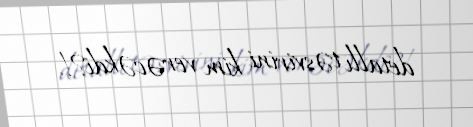
detallı təsvirini kim verəcəkdi?!.